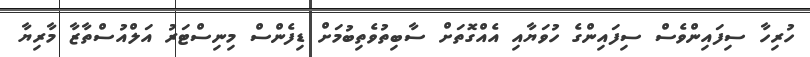
ހުރިހާ ސިފައިންވެސް ސިފައިންގެ ހުވަޔާއި އެއްގޮތަށް ސާބިތުވެތިބުމަށް ޑިފެންސް މިނިސްޓަރު އަލްއުސްތާޒާ މާރިޔާ